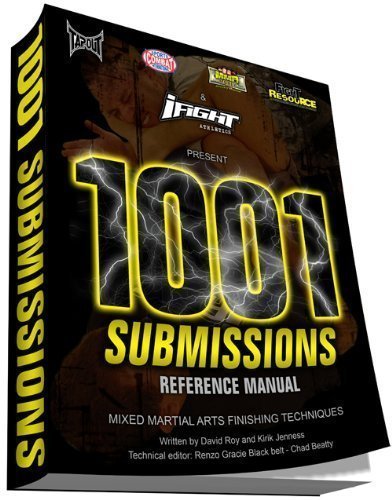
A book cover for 1001 Submissions: Mixed Martial Arts Finishing Techniques (Classic Bound Edition); David Roy; Sports & Outdoors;